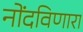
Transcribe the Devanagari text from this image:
नोंदविणारा